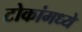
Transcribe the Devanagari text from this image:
टोकांमध्ये